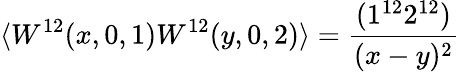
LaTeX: \langle W^{12}(x,0,1)W^{12}(y,0,2)\rangle=\frac{(1^{12}2^{12})}{(x-y)^{2}}